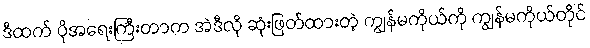
ဒီထက် ပိုအရေးကြီးတာက အဲဒီလို ဆုံးဖြတ်ထားတဲ့ ကျွန်မကိုယ်ကို ကျွန်မကိုယ်တိုင်